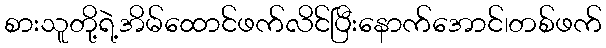
စားသူတို့ရဲ့အိမ်ထောင်ဖက်လိင်ပြီးနောက်အောင်၊တစ်ဖက်